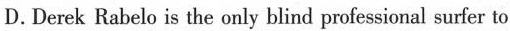
D.Derek Rabelo is the only blind profesional surfer to